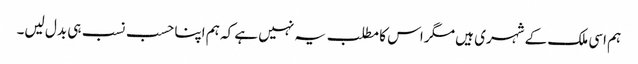
ہم اسی ملک کے شہری ہیں مگر اس کا مطلب یہ نہیں ہے کہ ہم اپنا حسب نسب ہی بدل لیں۔